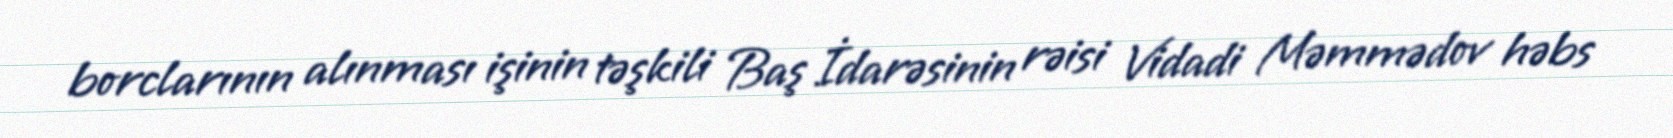
borclarının alınması işinin təşkili Baş İdarəsinin rəisi Vidadi Məmmədov həbs